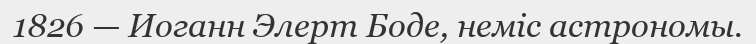
1826 — Иоганн Элерт Боде, неміс астрономы.